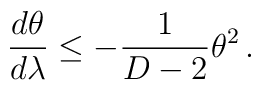
\frac{d\theta}{d\lambda} \leq -\frac{1}{D-2} \theta^2\, .